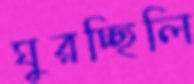
ঘুরচ্ছিলি